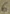
Text: 6